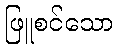
ဖြူစင်သော